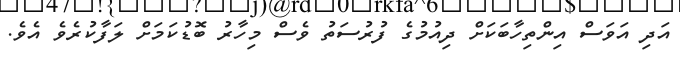
އަދި އަވަސް އިންތިހާބަކަށް ދިއުމުގެ ފުރުސަތު ވެސް މިހާރު ބޮޑުކަމަށް ލަފާކުރެވެ އެވެ.